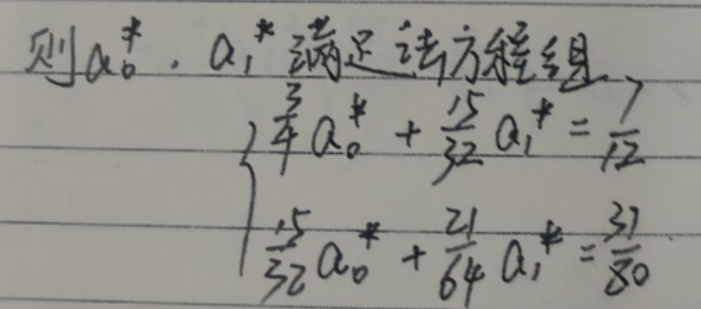
\[
\begin{cases}
\frac{3}{4}a_0^*+\frac{15}{32}a_1^*=\frac{7}{12}\\
\frac{15}{32}a_0^*+\frac{21}{64}a_1^*=\frac{37}{80}
\end{cases}
\]